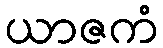
ယာဇကံ